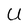
Character: U